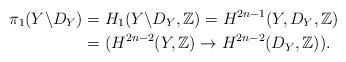
LaTeX: \begin{align*} \pi_1(Y\backslash D_Y) &= H_1(Y\backslash D_Y,\mathbb{Z}) = H^{2n-1}(Y,D_Y,\mathbb{Z})\\ &= (H^{2n-2}(Y,\mathbb{Z})\rightarrow H^{2n-2}(D_Y,\mathbb{Z})).\end{align*}